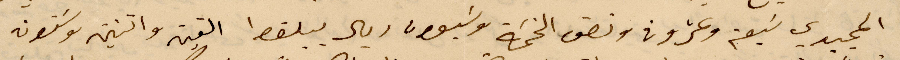
المجيدي سبعة وعشرون ونصف الضمة وسبعون ريال يبلقط القيمة واتنين وستون